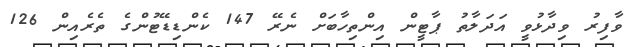
ވާފިރު ވިދާޅުވީ އަދަލާތު ޕާޓީން އިންތިހާބަށް ނެރޭ 147 ކެންޑިޑޭޓުންގެ ތެރެއިން 126